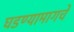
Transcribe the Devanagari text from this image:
घडण्यामागचे